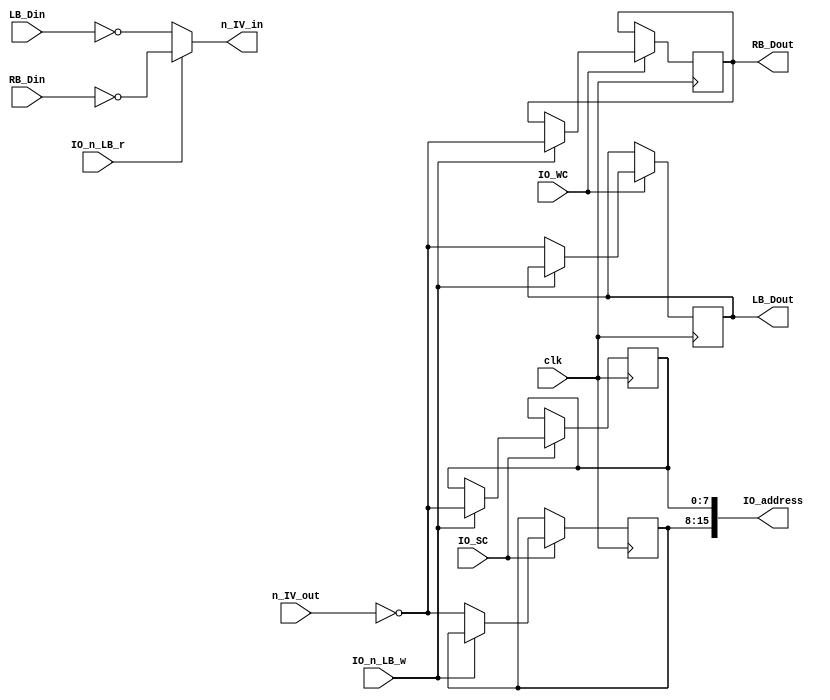
module IO_mod(
		input wire clk,
		input wire IO_SC,
		input wire IO_WC,
		input wire IO_n_LB_w,
		input wire IO_n_LB_r,
		input wire[7:0] n_IV_out,
		input wire[7:0] LB_Din,
		input wire[7:0] RB_Din,
		output wire[7:0] LB_Dout,
		output wire[7:0] RB_Dout,
		output wire[7:0] n_IV_in,
		output wire[15:0] IO_address);
reg[7:0] LB_A;
reg[7:0] LB_D;
reg[7:0] RB_A;
reg[7:0] RB_D;
always @(posedge clk)
begin
	if(IO_WC)
	begin
		if(IO_n_LB_w)
			RB_D <= ~n_IV_out;
		else
			LB_D <= ~n_IV_out;
	end
	if(IO_SC)
	begin
		if(IO_n_LB_w)
			RB_A <= ~n_IV_out;
		else
			LB_A <= ~n_IV_out;
	end
end
assign n_IV_in = (IO_n_LB_r)? ~RB_Din : ~LB_Din;
assign LB_Dout = LB_D;
assign RB_Dout = RB_D;
assign IO_address = {LB_A, RB_A};
endmodule

module testmem(input wire clk, input wire wren, input wire[7:0] A, input wire[7:0] Din, output wire[7:0] Dout);
reg[7:0] mem[255:0];
reg[7:0] oreg;
always @(posedge clk)
begin
	oreg <= mem[A];
	if(wren)
		mem[A] <= Din;
end
assign Dout = oreg;
endmodule